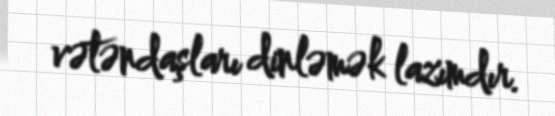
vətəndaşları dinləmək lazımdır.